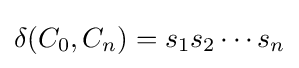
\delta (C_{0},C_{n})=s_{1}s_{2}\cdots s_{n}